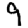
Digit: 9